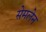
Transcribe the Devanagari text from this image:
सेमलेन